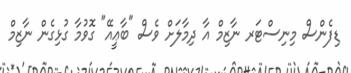
ޑިފެންސް މިނިސްޓަރ ނާޒިމް އާ ދިމާލަށް ވެސް "ބާޢީއޭ" ގޮވުމާ ގުޅިގެން ނާޒިމް